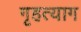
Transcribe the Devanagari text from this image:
गृहत्‍याग